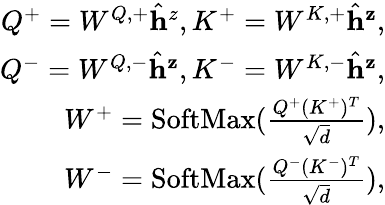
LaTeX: \begin{array}{r}{Q^{+}=W^{Q,+}\hat{\mathbf{h}}^{z},K^{+}=W^{K,+}\hat{\mathbf{h}}^{\mathbf{z}},}\\ {Q^{-}=W^{Q,-}\hat{\mathbf{h}}^{\mathbf{z}},K^{-}=W^{K,-}\hat{\mathbf{h}}^{\mathbf{z}},}\\ {W^{+}=\mathrm{SoftMax}(\frac{Q^{+}(K^{+})^{T}}{\sqrt{d}}),}\\ {W^{-}=\mathrm{SoftMax}(\frac{Q^{-}(K^{-})^{T}}{\sqrt{d}}),}\end{array}